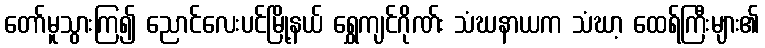
တော်မူသွားကြ၍ ညောင်လေးပင်မြို့နယ် ရွှေကျင်ဂိုဏ်း သံဃနာယက သံဃာ့ ထေရ်ကြီးများ၏